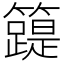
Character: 𥶛